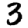
Digit: 3